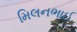
મિલનભાઈ